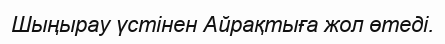
Шыңырау үстінен Айрақтыға жол өтеді.